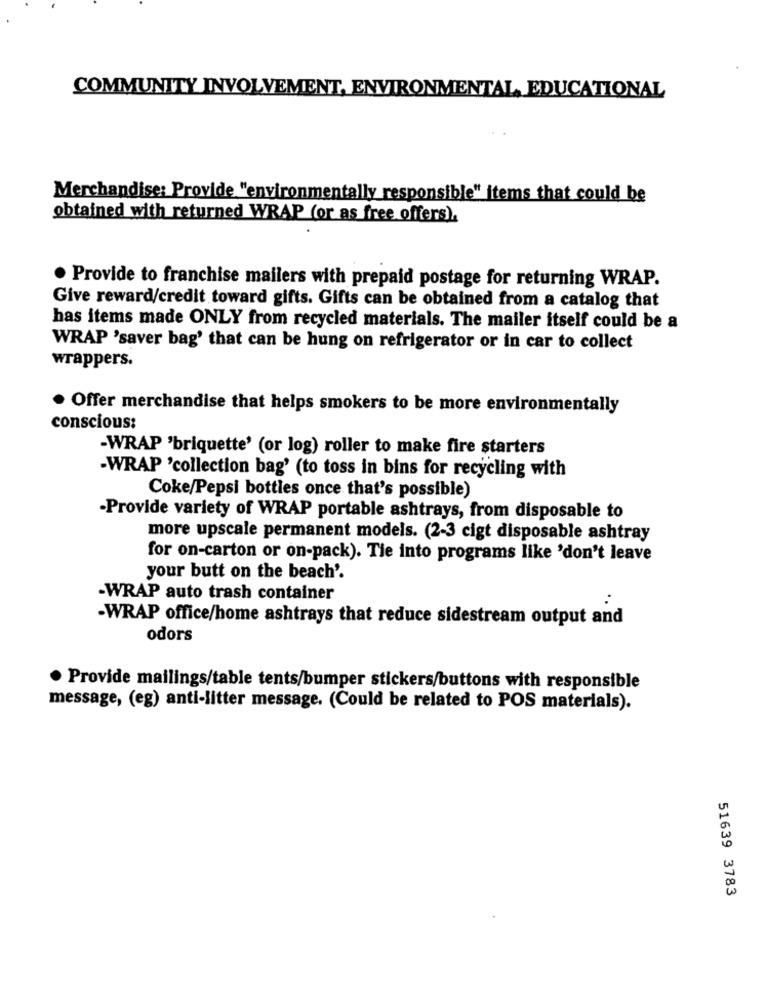
COMMUNITY INVOLVEMENT, ENVIRONMENTAL EDUCATIONAL
Merchandise: Provide "environmentally responsible" items that could be
obtained with returned WRAP (or as free offers).
Provide to franchise mailers with prepaid postage for returning WRAP.
Give reward/credit toward gifts. Gifts can be obtained from a catalog that
has items made ONLY from recycled materials. The mailer itself could be a
WRAP 'saver bag' that can be hung on refrigerator or in car to collect
wrappers.
· Offer merchandise that helps smokers to be more environmentally
conscious:
-WRAP 'briquette' (or log) roller to make fire starters
-WRAP 'collection bag' (to toss in bins for recycling with
Coke/Pepsi bottles once that's possible)
·Provide variety of WRAP portable ashtrays, from disposable to
more upscale permanent models. (2-3 cigt disposable ashtray
for on-carton or on-pack). Tie into programs like 'don't leave
your butt on the beach'.
-WRAP auto trash container
-WRAP office/home ashtrays that reduce sidestream output and
odors
Provide mailings/table tents/bumper stickers/buttons with responsible
message, (eg) anti-litter message. (Could be related to POS materials).
51639 3783